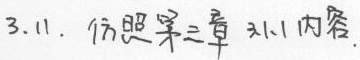
3.11. 仿照第三章 3.1.1 内容.